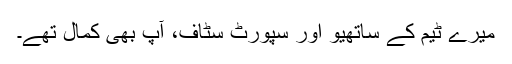
میرے ٹیم کے ساتھیو اور سپورٹ سٹاف، آپ بھی کمال تھے۔